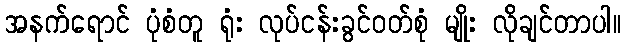
အနက်ရောင် ပုံစံတူ ရုံး လုပ်ငန်းခွင်ဝတ်စုံ မျိုး လိုချင်တာပါ။